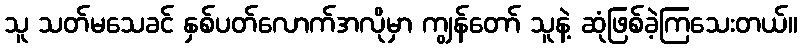
သူ သတ်မသေခင် နှစ်ပတ်လောက်အလိုမှာ ကျွန်တော် သူနဲ့ ဆုံဖြစ်ခဲ့ကြသေးတယ်။